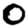
Digit: 0